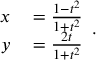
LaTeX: { \begin{array} { r l } { x } & { { } = { \frac { 1 - t ^ { 2 } } { 1 + t ^ { 2 } } } } \\ { y } & { { } = { \frac { 2 t } { 1 + t ^ { 2 } } } } \end{array} } .